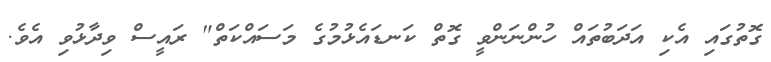
ގޮތުގައި އެކި އަދަބުތައް ހުންނަންވީ ގޮތް ކަނޑައެޅުމުގެ މަސައްކަތް" ރައީސް ވިދާޅުވި އެވެ.